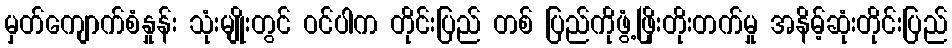
မှတ်ကျောက်စံနှုန်း သုံးမျိုးတွင် ဝင်ပါက တိုင်းပြည် တစ် ပြည်ကိုဖွံ့ဖြိုးတိုးတက်မှု အနိမ့်ဆုံးတိုင်းပြည်